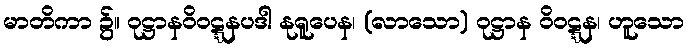
မာတိကာ ၌။ ဝုဋ္ဌာနဝိဝဋ္ဋနပဒါ နုရူပေန၊ (လာသော) ဝုဋ္ဌာန ဝိဝဋ္ဋန၊ ဟူသော